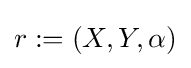
r:=(X,Y,\alpha )